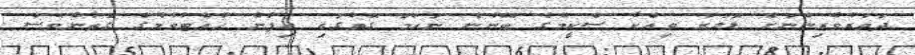
ދަތުރުވެރިންނަށް ޑޮލަރު ވިއްކާ ސްކީމްގެ ބޭނުން ނަހަމަ ގޮތުގައި ހިފުން ހުއްޓުވުމުގެ ގޮތުންވެސް